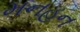
મનહન